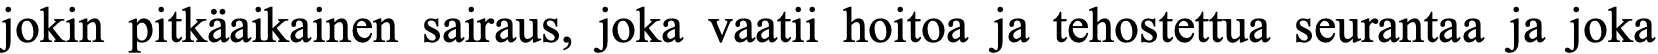
jokin pitkäaikainen sairaus, joka vaatii hoitoa ja tehostettua seurantaa ja joka